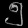
Digit: ၅